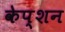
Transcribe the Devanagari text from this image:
केप्‍शन